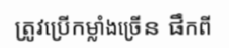
ត្រូវប្រើកម្លាំងច្រើន ផឹកពី